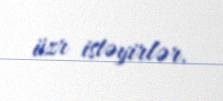
üzr istəyirlər.